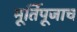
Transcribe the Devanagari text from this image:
मूर्तिपूजाच